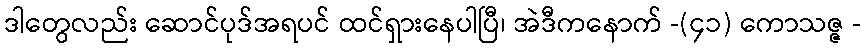
ဒါတွေလည်း ဆောင်ပုဒ်အရပင် ထင်ရှားနေပါပြီ၊ အဲဒီကနောက် -(၄၁) ကောသဇ္ဇ -